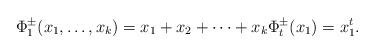
LaTeX: \begin{align*} \Phi_1^{\pm} (x_1,\dots,x_k) = x_1 + x_2 + \dots + x_k \Phi_t^{\pm}(x_1)=x_1^t. \end{align*}